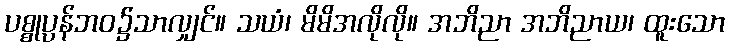
ပစ္စုပ္ပန်ဘဝ၌သာလျှင်။ သယံ၊ မိမိအလိုလို။ အဘိညာ အဘိညာယ၊ ထူးသော